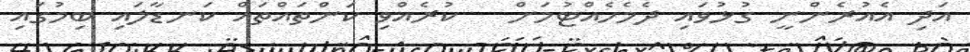
އަދި އެއުރެންނީ ގުޅުވައި ދެމެހެއްޓުމަށް   ކުރެއްވި ކަންތައްތައް ކަނޑާލައި ބިމުގައި